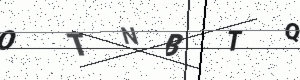
Text: OTNBTQ